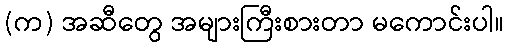
(က) အဆီတွေ အများကြီးစားတာ မကောင်းပါ။